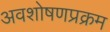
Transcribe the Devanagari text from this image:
अवशोषणप्रक्रम